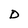
Character: D